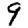
Digit: 9